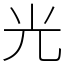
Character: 光